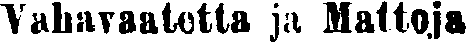
Vahavaatetta ja Mattoja